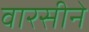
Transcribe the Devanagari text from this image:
वारसीने